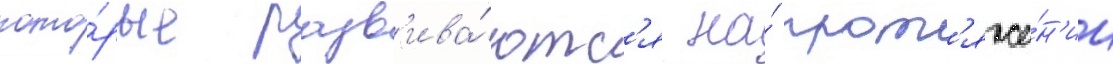
кото́рые разв'ива́ютс'я на́ прот'яже́н'ии